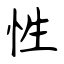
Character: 性